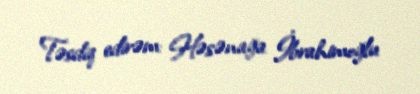
Təsdiq edirəm: Həsənağa İbrahimoğlu